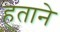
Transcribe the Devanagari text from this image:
हताने